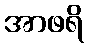
အာဖရိ